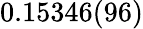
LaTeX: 0.15346(96)